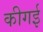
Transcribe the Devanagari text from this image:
कीगई